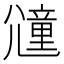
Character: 𡰕